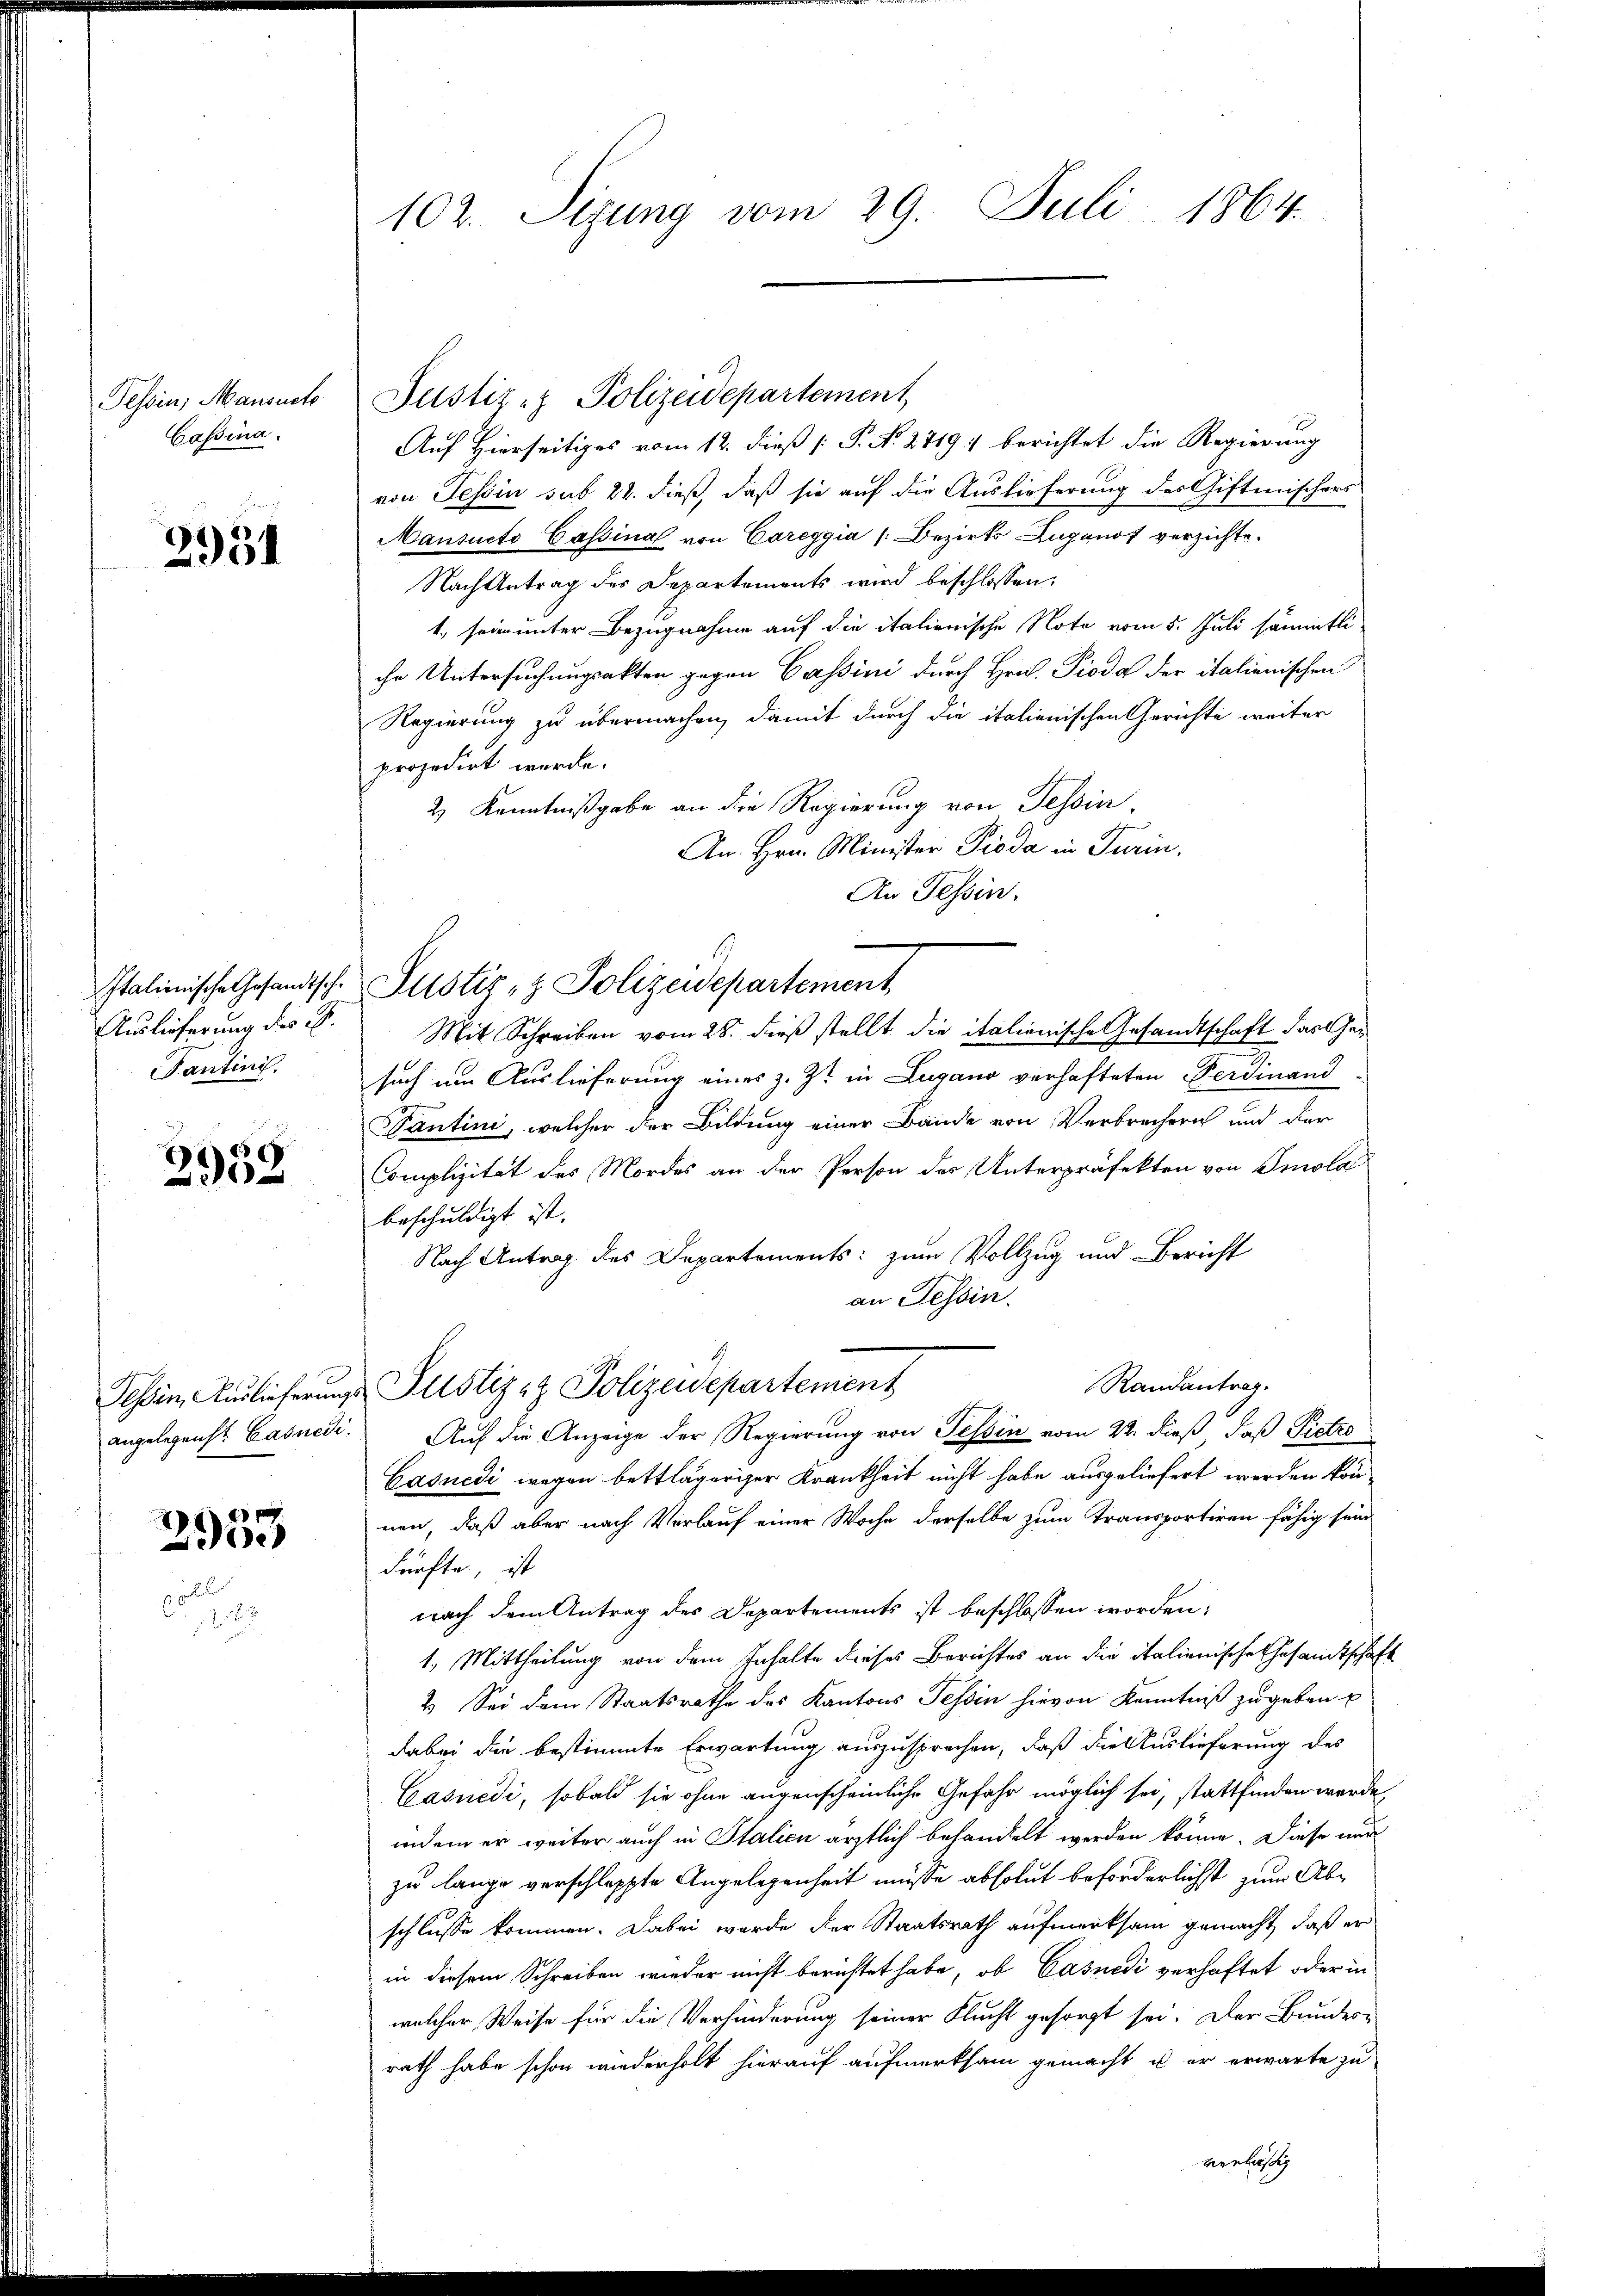
Tessin, Mansacte
Cassina.

2931

Italienische Gesandtsch
Auslieferung des B.
antini.

2952

angelegenst Casnedi

29

102. Sizung vom 29. Juli 1864.

Justiz- & Polizeidepartement
Auf Hierseitiges vom 12. dieß [ P. No. 27194 berichtet die Regierung
von Tessin sub 22. dieß, daß sie auf die Auslieferung des Giftmischers
Mansuete Cassinal von Careggia (Bezirks Zuganot verzichte.
Nach Antrag des Departements wird beschlossen:
4., sein unter Bezugnahme auf die italienische Note vom 5. Juli sämmtliihr Untersuchungsakten gegen Cassini durch Hrn. Pioda der italienischen
Regierung zu übermachen, damit durch die italienischen Gerichte weiter
prozedirt werde.
2) Kenntnißgabe an die Regierung von Tessin.
An Hrn. Minister Pioda in Turin.
An Tessin.
Justiz- & Polizeidepartement
Mit Schreiben vom 28. dieß stellt die italienische Gesandtschaft das Gesuch um Auslieferung eines z. Zt. in Lugano verhafteten Ferdinand
Santini, welcher der Bildung einer Bände von Verbrechern und der
Complizität des Mordes an der Person des Unterpräfekten von Smola
beschuldigt ist.
Nach Antrag des Departements: zum Vollzug und Bericht
an Tessin.
Randantrag.
Tessin, Auslieferungs Pustiz- & Polizeidepartement
Auf die Anzeige der Regierung von Tessin vom 22. dieß, daß Pietro
Casnedi wegen bettlägeriger Krankheit nicht habe ausgeliefert werden können, daß aber nach Verlauf einer Woche derselbe zum Transportiren fähig sein
dürfte, ist
nach dem Antrag des Departements ist beschlossen worden:
1.) Mittheilung von dem Inhalte dieses Berichtes an die italienische Gesandtschaft
2.) Sei dem Staatsrathe des Kantons Tessin hievon Kenntniß zu geben u
dabei die bestimmte Erwartung auszusprochen, daß die Auslieferung des
Casuedi, sobald sie ohne augenscheinliche Gefahr möglich sei, stattfinden werde,
indem er weiter auch in Italien ärztlich behandelt werden könne. Diese nur
zu lange verschleppte Angelegenheit müsse absolut beförderlichst zum Abschlusse kommen. Dabei wurde der Staatsrath aufmerksam gemacht, daß er
in diesem Schreiben wieder nicht berichtet habe, ob Casnedi verhaftet oder in
welcher Weise für die Verhinderung seiner Flucht gesorgt sei. Der Bundes-
rath habe schon wiederholt hierauf aufmerksam gemacht u. er erwarte zu

ernfas

2